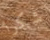
شكرا